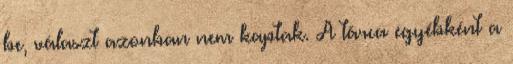
be, választ azonban nem kaptak. A tárca egyébként a